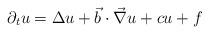
LaTeX: \begin{align*}\partial_t u=\Delta u+ \vec b\cdot\vec\nabla u+cu+f\end{align*}